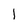
Character: l